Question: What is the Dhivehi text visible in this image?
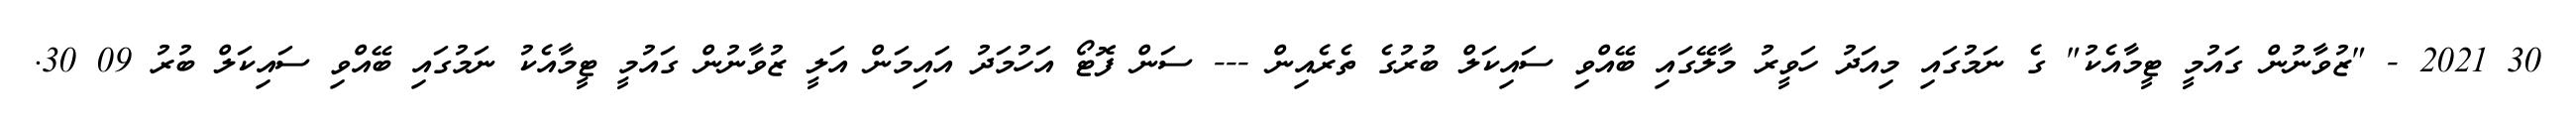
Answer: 30 2021 - "ޒުވާނުން ގައުމީ ޓީމާއެކު" ގެ ނަމުގައި މިއަދު ހަވީރު މާލޭގައި ބޭއްވި ސައިކަލް ބުރުގެ ތެރެއިން --- ސަން ފޮޓޯ އަހުމަދު އައިމަން އަލީ ޒުވާނުން ގައުމީ ޓީމާއެކު ނަމުގައި ބޭއްވި ސައިކަލް ބުރު 09 30.